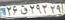
۲۶ق۲۹۲۲۹